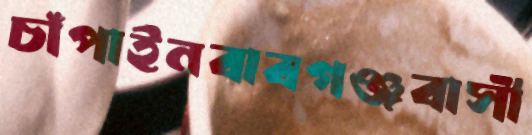
চাঁপাইনবাবগঞ্জবাসী